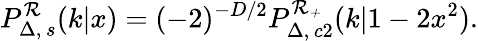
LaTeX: P_{\Delta,\, s}^{\cal R}(k|x)=(-2)^{-D/2}P_{\Delta,\, c2}^{\cal R_{+}}(k|1-2x^{2}).